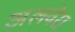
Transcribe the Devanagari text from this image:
अलवेरा